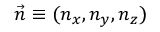
\vec { n } \equiv ( n _ { x } , n _ { y } , n _ { z } )